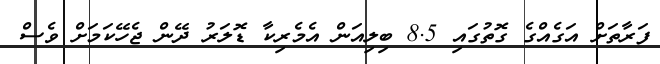
ފަރާތަށް އަގެއްގެ ގޮތުގައި 8.5 ބިލިއަން އެމެރިކާ ޑޮލަރު ދޭން ޖެހޭކަމަށް ވެސް